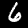
Label: 6